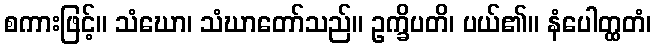
စကားဖြင့်။ သံဃော၊ သံဃာတော်သည်။ ဥက္ခိပတိ၊ ပယ်၏။ နံပေါတ္ထတံ၊